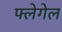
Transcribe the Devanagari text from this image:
फ्लेगेल